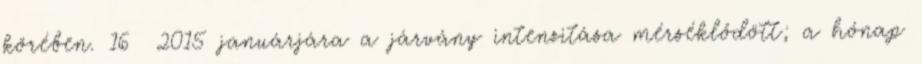
körében. 16 2015 januárjára a járvány intenzitása mérséklődött; a hónap